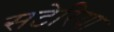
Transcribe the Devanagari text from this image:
सटेरिया